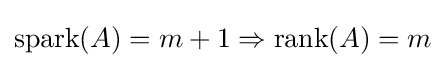
\mathrm {spark} (A)=m+1\Rightarrow \mathrm {rank} (A)=m